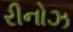
રીનોઝ